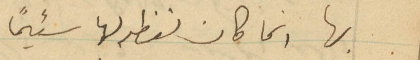
بها انما كان لفظه لها سئيماً